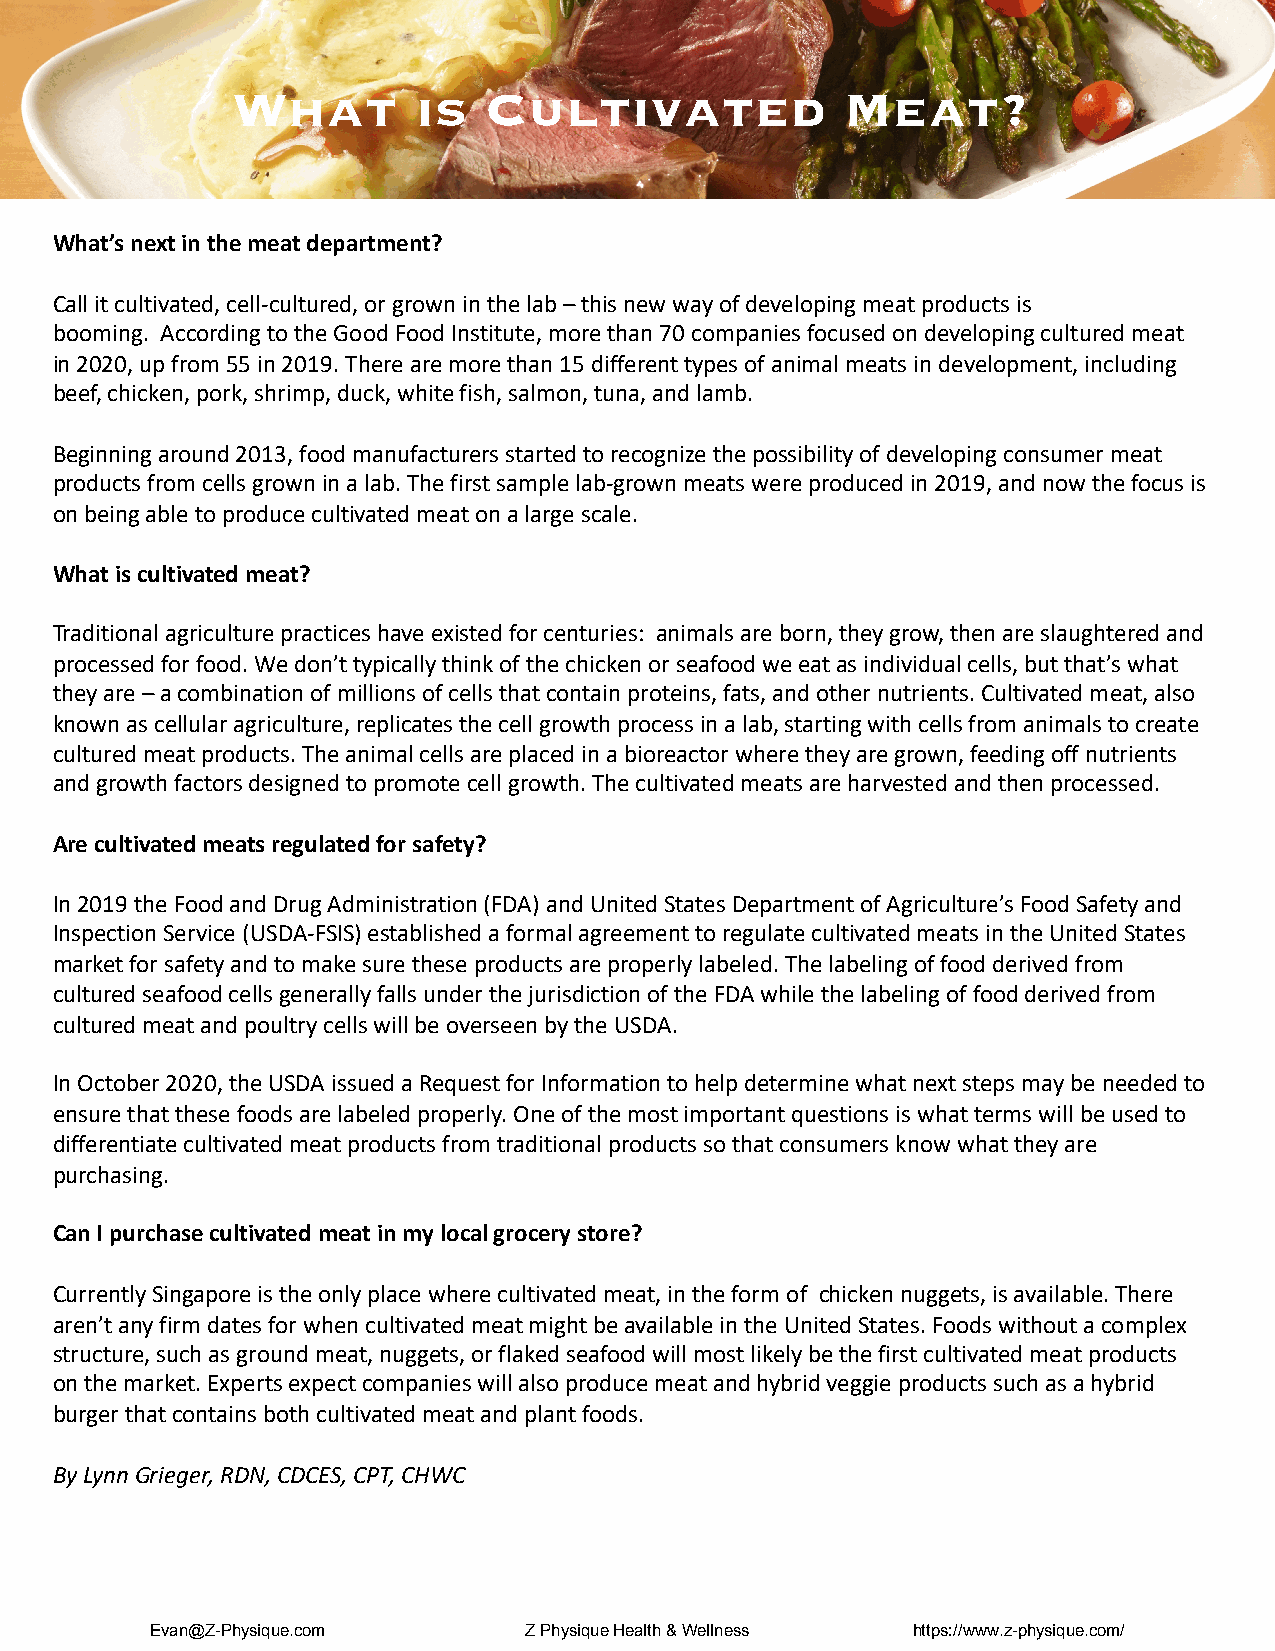
What        is   Cultivated              Meat?
 What’s next in the meat department?
 Call it cultivated, cell-cultured, or grown in the lab –this new way of developing meat products is
 booming. According to the Good Food Institute, more than 70 companies focused on developing cultured meat
 in 2020, up from 55 in 2019. There are more than 15 different types of animal meats in development, including
 beef, chicken, pork, shrimp, duck, white fish, salmon, tuna, and lamb.
 Beginning around 2013, food manufacturers started to recognize the possibility of developing consumer meat
 products from cells grown in a lab. The first sample lab-grown meats were produced in 2019, and now the focus is
 on being able to produce cultivated meat on a large scale.
 What is cultivated meat?
 Traditional agriculture practices have existed for centuries: animals are born, they grow, then are slaughtered and
 processed for food. We don’t typically think of the chicken or seafood we eat as individual cells, but that’s what
 they are –a combination of millions of cells that contain proteins, fats, and other nutrients. Cultivated meat, also
 known as cellular agriculture, replicates the cell growth process in a lab, starting with cells from animals to create
 cultured meat products. The animal cells are placed in a bioreactor where they are grown, feeding off nutrients
 and growth factors designed to promote cell growth. The cultivated meats are harvested and then processed.
 Are cultivated meats regulated for safety?
 In 2019 the Food and Drug Administration (FDA) and United States Department of Agriculture’s Food Safety and
 Inspection Service (USDA-FSIS) established a formal agreement to regulate cultivated meats in the United States
 market for safety and to make sure these products are properly labeled. The labeling of food derived from
 cultured seafood cells generally falls under the jurisdiction of the FDA while the labeling of food derived from
 cultured meat and poultry cells will be overseen by the USDA.
 In October 2020, the USDA issued a Request for Information to help determine what next steps may be needed to
 ensure that these foods are labeled properly. One of the most important questions is what terms will be used to
 differentiate cultivated meat products from traditional products so that consumers know what they are
 purchasing.
 Can I purchase cultivated meat in my local grocery store?
 Currently Singapore is the only place where cultivated meat, in the form of chicken nuggets, is available. There
 aren’t any firm dates for when cultivated meat might be available in the United States. Foods without a complex
 structure, such as ground meat, nuggets, or flaked seafood will most likely be the first cultivated meat products
 on the market. Experts expect companies will also produce meat and hybrid veggie products such as a hybrid
 burger that contains both cultivated meat and plant foods.
 By Lynn Grieger, RDN, CDCES, CPT, CHWC
 Evan@Z-Physique.com      Z Physique Health & Wellness https://www.z-physique.com/